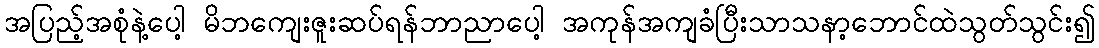
အပြည့်အစုံနဲ့ပေါ့ မိဘကျေးဇူးဆပ်ရန်ဘာညာပေါ့ အကုန်အကျခံပြီးသာသနာ့ဘောင်ထဲသွတ်သွင်း၍